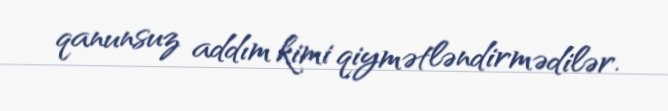
qanunsuz addım kimi qiymətləndirmədilər.